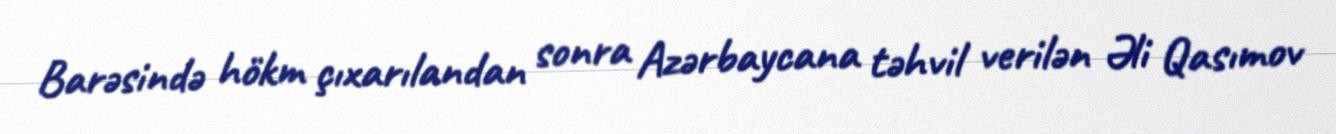
Barəsində hökm çıxarılandan sonra Azərbaycana təhvil verilən Əli Qasımov